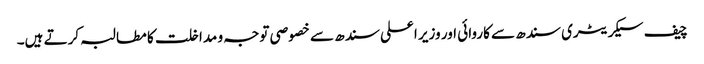
چیف سیکریٹری سندھ سے کاروائی اور وزیر اعلی سندھ سے خصوصی توجہ و مداخلت کا مطالبہ کرتے ہیں۔